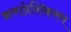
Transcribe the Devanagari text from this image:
क्रमादेशिकरण